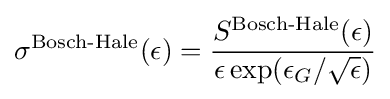
\sigma ^{\text{Bosch-Hale}}(\epsilon )={\frac {S^{\text{Bosch-Hale}}(\epsilon )}{\epsilon \exp(\epsilon _{G}/{\sqrt {\epsilon }})}}